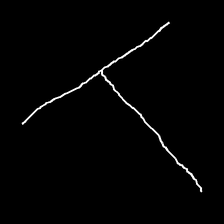
Glyph: column